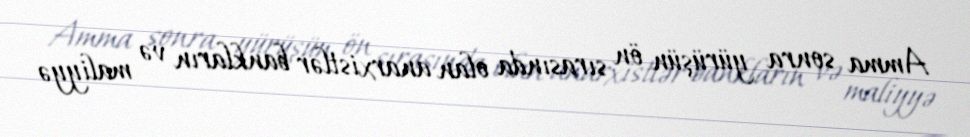
Amma sonra yürüşün ön sırasında olan anarxistlər bankların və maliyyə